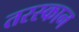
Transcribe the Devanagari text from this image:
तरस्कान